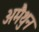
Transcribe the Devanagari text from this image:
अमैथुन